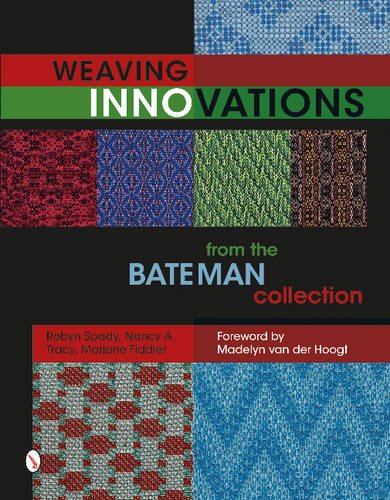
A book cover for Weaving Innovations from the Bateman Collection; Robyn Spady; Crafts, Hobbies & Home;